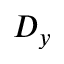
D _ { y }